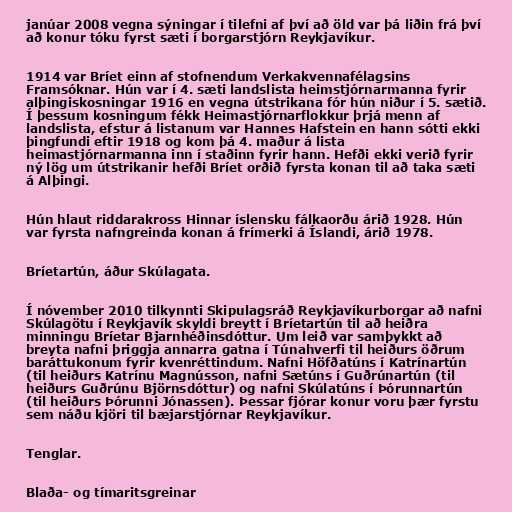
janúar 2008 vegna sýningar í tilefni af því að öld var þá liðin frá því
að konur tóku fyrst sæti í borgarstjórn Reykjavíkur.

1914 var Bríet einn af stofnendum Verkakvennafélagsins
Framsóknar. Hún var í 4. sæti landslista heimstjórnarmanna fyrir
alþingiskosningar 1916 en vegna útstrikana fór hún niður í 5. sætið.
Í þessum kosningum fékk Heimastjórnarflokkur þrjá menn af
landslista, efstur á listanum var Hannes Hafstein en hann sótti ekki
þingfundi eftir 1918 og kom þá 4. maður á lista
heimastjórnarmanna inn í staðinn fyrir hann. Hefði ekki verið fyrir
ný lög um útstrikanir hefði Bríet orðið fyrsta konan til að taka sæti
á Alþingi.

Hún hlaut riddarakross Hinnar íslensku fálkaorðu árið 1928. Hún
var fyrsta nafngreinda konan á frímerki á Íslandi, árið 1978.

Bríetartún, áður Skúlagata.

Í nóvember 2010 tilkynnti Skipulagsráð Reykjavíkurborgar að nafni
Skúlagötu í Reykjavík skyldi breytt í Bríetartún til að heiðra
minningu Bríetar Bjarnhéðinsdóttur. Um leið var samþykkt að
breyta nafni þriggja annarra gatna í Túnahverfi til heiðurs öðrum
baráttukonum fyrir kvenréttindum. Nafni Höfðatúns í Katrínartún
(til heiðurs Katrínu Magnússon, nafni Sætúns í Guðrúnartún (til
heiðurs Guðrúnu Björnsdóttur) og nafni Skúlatúns í Þórunnartún
(til heiðurs Þórunni Jónassen). Þessar fjórar konur voru þær fyrstu
sem náðu kjöri til bæjarstjórnar Reykjavíkur.

Tenglar.

Blaða- og tímaritsgreinar